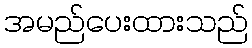
အမည်ပေးထားသည်